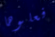
فعلوها